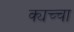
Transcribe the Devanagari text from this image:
क्यच्चा